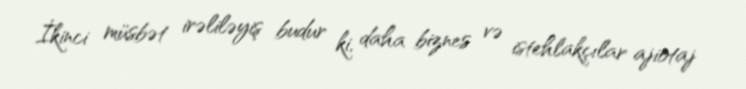
İkinci müsbət irəliləyiş budur ki, daha biznes və istehlakçılar ajiotaj